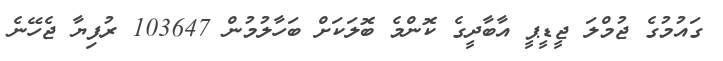
ގައުމުގެ ޖުމްލަ ޖީޑީޕީ އާބާދީގެ ކޮންމެ ބޮލަކަށް ބަހާލުމުން 103647 ރުފިޔާ ޖެހޭނެ